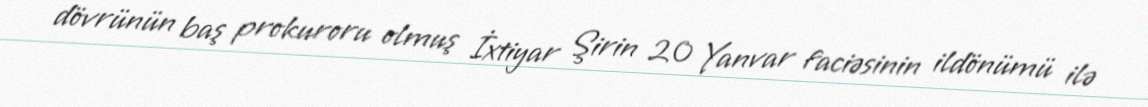
dövrünün baş prokuroru olmuş İxtiyar Şirin 20 Yanvar faciəsinin ildönümü ilə